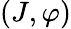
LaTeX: \left(J,\varphi\right)